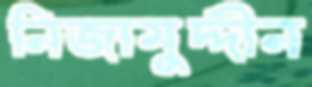
নিজামুদ্দীন